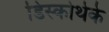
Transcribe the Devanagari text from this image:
डिस्कोथेके